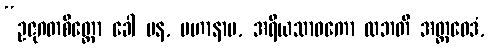
“ဥဇုဂတစိတ္တော ခေါ ပန, မဟာနာမ, အရိယသာဝကော လဘတိ အတ္ထဝေဒံ,